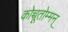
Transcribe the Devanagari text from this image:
कोच्चूतोम्मन्